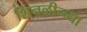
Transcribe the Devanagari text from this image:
शिनळीच्च्या